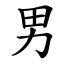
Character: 男